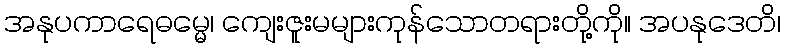
အနုပကာရေဓမ္မေ၊ ကျေးဇူးမများကုန်သောတရားတို့ကို။ အပနုဒေတိ၊